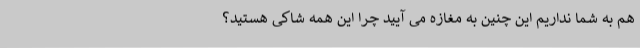
هم به شما نداریم این چنین به مغازه می آیید چرا این همه شاکی هستید؟